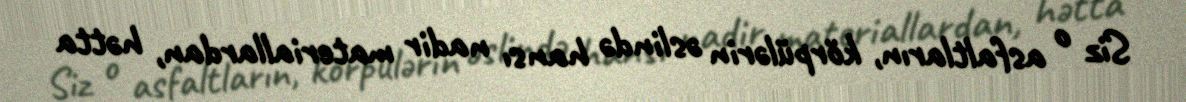
Siz o asfaltların, körpülərin əslində hansı nadir materiallardan, hətta